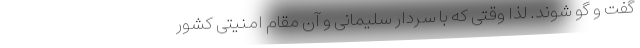
گفت و گو شوند. لذا وقتی که با سردار سلیمانی و آن مقام امنیتی کشور